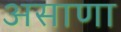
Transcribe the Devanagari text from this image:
असाणा